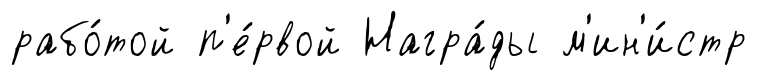
рабо́той п'е́рвой Награ́ды м'ин'и́стр